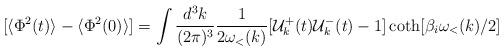
LaTeX: \begin{align*}[\langle\Phi^2(t)\rangle-\langle\Phi^2(0)\rangle] =\int \frac{d^3k}{(2\pi)^3} \frac{1}{2\omega_{<}(k)}[{\cal{U}}^+_k(t){\cal{U}}^-_k(t)-1] \coth[\beta_i\omega_{<}(k)/2]\end{align*}